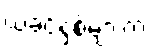
ယခင်နှစ်များက